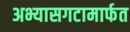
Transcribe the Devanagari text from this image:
अभ्यासगटामार्फत